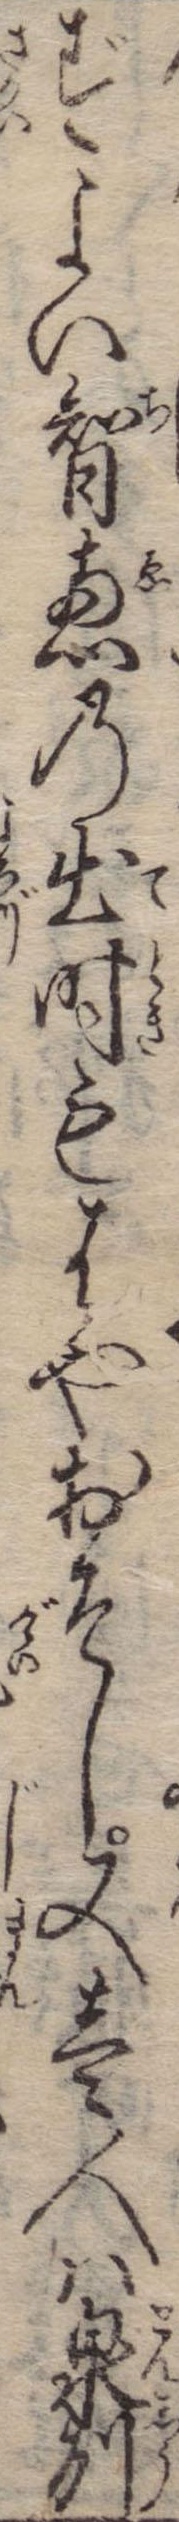
ずよい智恵の出時もはやおそし又壱人は泉州